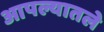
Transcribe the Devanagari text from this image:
आपल्यातले